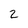
Character: 2